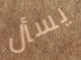
يسأل